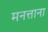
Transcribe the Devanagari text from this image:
मनत्ताना